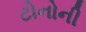
ટોનોની